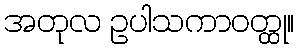
အတုလ ဥပါသကာဝတ္ထု။